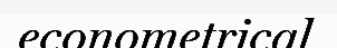
econometrical